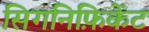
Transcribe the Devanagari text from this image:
सिगनिफ़िकेंट